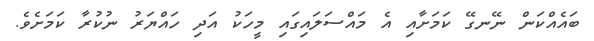
ބައެއްކަން ނޭނގޭ ކަމަށާއި އެ މައްސަލައިގައި މީހަކު އަދި ހައްޔަރު ނުކުރާ ކަމަށެވެ.